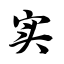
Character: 实